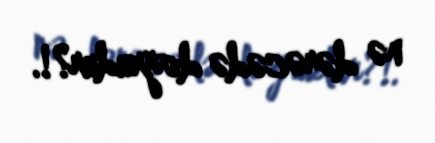
nə dərəcədə doğrudur?!.